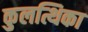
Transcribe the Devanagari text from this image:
कुलत्थिका